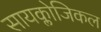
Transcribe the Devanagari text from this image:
सायक्लोजिकल